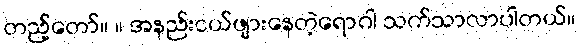
တည့်တော်။ ။ အနည်းငယ်ဖျားနေတဲ့ရောဂါ သက်သာလာပါတယ်။